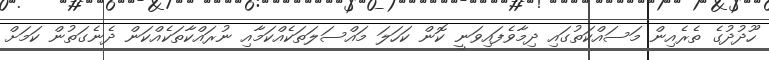
ހޫދުދުގެ ތެރެއިން މަސައްކަތުގައި ދިމާވެފައިވަނީ ކޮން ކަހަލަ މައްސަލަތަކެއްކަމާއި ނުރައްކާތަކެއްކަން ދެނެގަތުން ކަމަށް